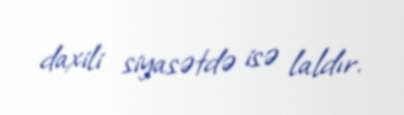
daxili siyasətdə isə laldır.